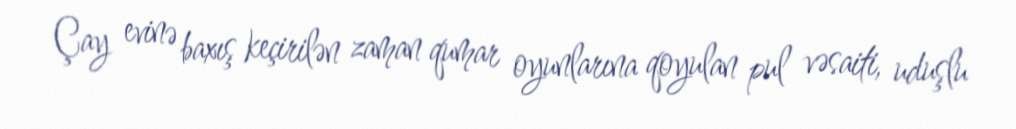
Çay evinə baxış keçirilən zaman qumar oyunlarına qoyulan pul vəsaiti, uduşlu